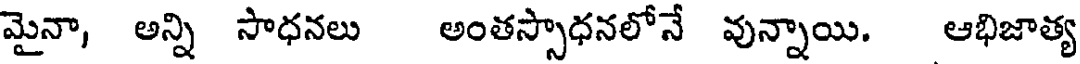
మైనా, అన్ని సాధనలు అంతస్సాధనలోనే వున్నాయి. ఆభిజాత్య